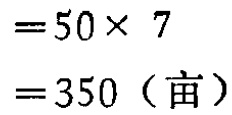
\[

\begin{align*}

&=50\times 7\\

&=350（\text{亩}）

\end{align*}

\]